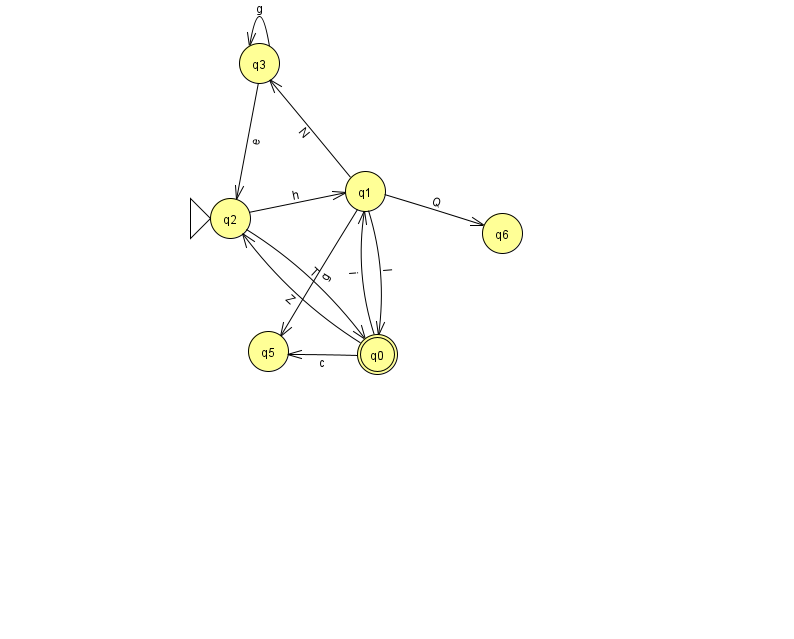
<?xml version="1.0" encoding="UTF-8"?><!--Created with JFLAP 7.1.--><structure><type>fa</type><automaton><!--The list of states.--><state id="0" name="q0"><x>377.0</x><y>341.0</y><final/></state><state id="1" name="q1"><x>365.0</x><y>178.0</y></state><state id="2" name="q2"><x>230.0</x><y>205.0</y><initial/></state><state id="3" name="q3"><x>259.0</x><y>50.0</y></state><state id="5" name="q5"><x>268.0</x><y>338.0</y></state><state id="6" name="q6"><x>502.0</x><y>220.0</y></state><!--The list of transitions.--><transition><from>0</from><to>1</to><read>i</read></transition><transition><from>1</from><to>0</to><read>I</read></transition><transition><from>1</from><to>3</to><read>N</read></transition><transition><from>2</from><to>0</to><read>T</read></transition><transition><from>1</from><to>5</to><read>g</read></transition><transition><from>2</from><to>1</to><read>h</read></transition><transition><from>3</from><to>2</to><read>e</read></transition><transition><from>1</from><to>6</to><read>Q</read></transition><transition><from>3</from><to>3</to><read>g</read></transition><transition><from>0</from><to>5</to><read>c</read></transition><transition><from>0</from><to>2</to><read>Z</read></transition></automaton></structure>